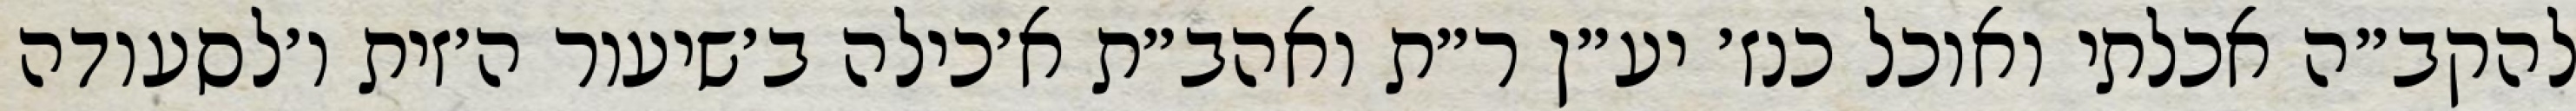
להקב״ה אכלתי ואוכל כנז׳ יע״ן ר״ת ואהב״ת א׳כילה ב׳שיעור ה׳זית ו׳לסעודה